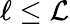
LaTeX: \ell\leq\mathcal{L}